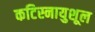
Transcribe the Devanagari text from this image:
कटिस्नायुशूल